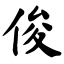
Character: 俊